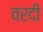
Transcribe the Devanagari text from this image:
वरदी